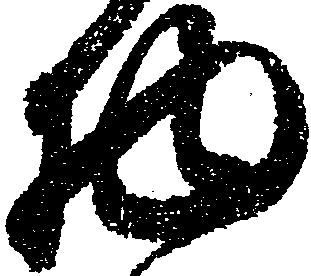
物